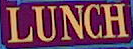
KUNCH